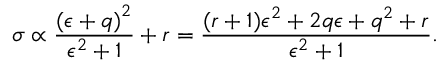
\sigma \propto \frac { { ( \epsilon + q ) } ^ { 2 } } { \epsilon ^ { 2 } + 1 } + r = \frac { ( r + 1 ) \epsilon ^ { 2 } + 2 q \epsilon + q ^ { 2 } + r } { \epsilon ^ { 2 } + 1 } .